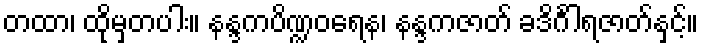
တထာ၊ ထိုမှတပါး။ နန္ဒကပိဏ္ဍဝရေန၊ နန္ဒကဇာတ် ခဒိင်္ဂါရဇာတ်နှင့်။